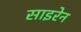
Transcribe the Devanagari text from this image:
साइरेन